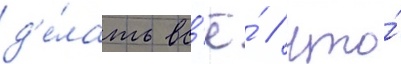
д'е́лать вс'ё́ / что́